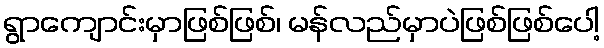
ရွာကျောင်းမှာဖြစ်ဖြစ်၊ မန်လည်မှာပဲဖြစ်ဖြစ်ပေါ့